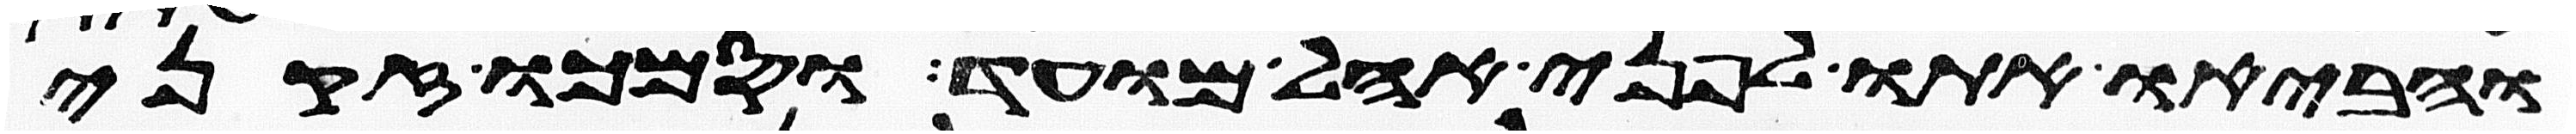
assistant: והביאו אתו לפני אהל מועד וסמכו זקני